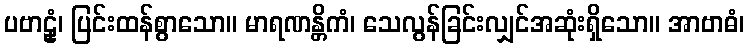
ပဗာဠှံ၊ ပြင်းထန်စွာသော။ မာရဏန္တိကံ၊ သေလွန်ခြင်းလျှင်အဆုံးရှိသော။ အာဗာဓံ၊